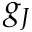
g _ { J }